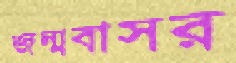
জন্মবাসর